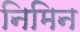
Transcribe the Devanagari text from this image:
निमिन